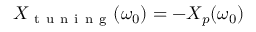
X _ { \mathrm { ~ t ~ u ~ n ~ i ~ n ~ g ~ } } ( \omega _ { 0 } ) = - X _ { p } ( \omega _ { 0 } )